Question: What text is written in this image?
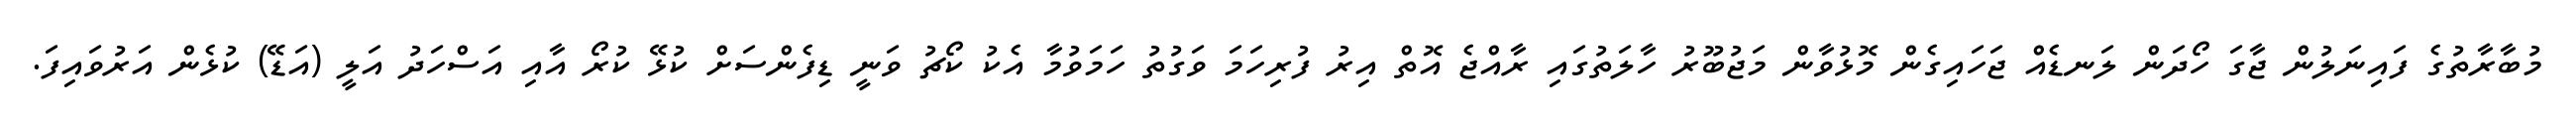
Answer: މުބާރާތުގެ ފައިނަލުން ޖާގަ ހޯދަން ލަނޑެއް ޖަހައިގެން މޮޅުވާން މަޖުބޫރު ހާލަތުގައި ރާއްޖެ އޮތް އިރު ފުރިހަމަ ވަގުތު ހަމަވުމާ އެކު ކޯޗު ވަނީ ޑިފެންސަށް ކުޅޭ ކުރޯ އާއި އަސްހަދު އަލީ (އަޑޭ) ކުޅެން އަރުވައިފަ.